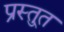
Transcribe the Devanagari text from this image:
प्रस्तु्त